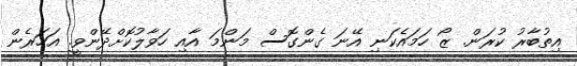
އިތުބާރު ކުރަން. ޒޯ ހަމައެކަނި އޭނަ ގެންގޮސް މަންމަ އާއި ހަވާލުކޮށްދޭންވީ. އަހަރެން